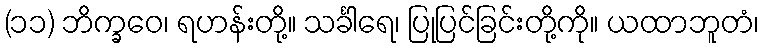
(၁၁) ဘိက္ခဝေ၊ ရဟန်းတို့။ သင်္ခါရေ၊ ပြုပြင်ခြင်းတို့ကို။ ယထာဘူတံ၊